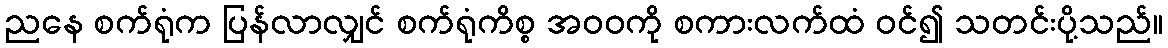
ညနေ စက်ရုံက ပြန်လာလျှင် စက်ရုံကိစ္စ အဝဝကို စကားလက်ထံ ဝင်၍ သတင်းပို့သည်။